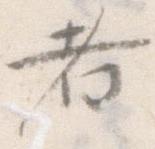
者